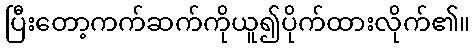
ပြီးတော့ကက်ဆက်ကိုယူ၍ပိုက်ထားလိုက်၏။